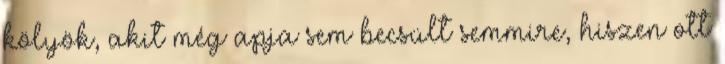
kölyök, akit még apja sem becsült semmire, hiszen ott